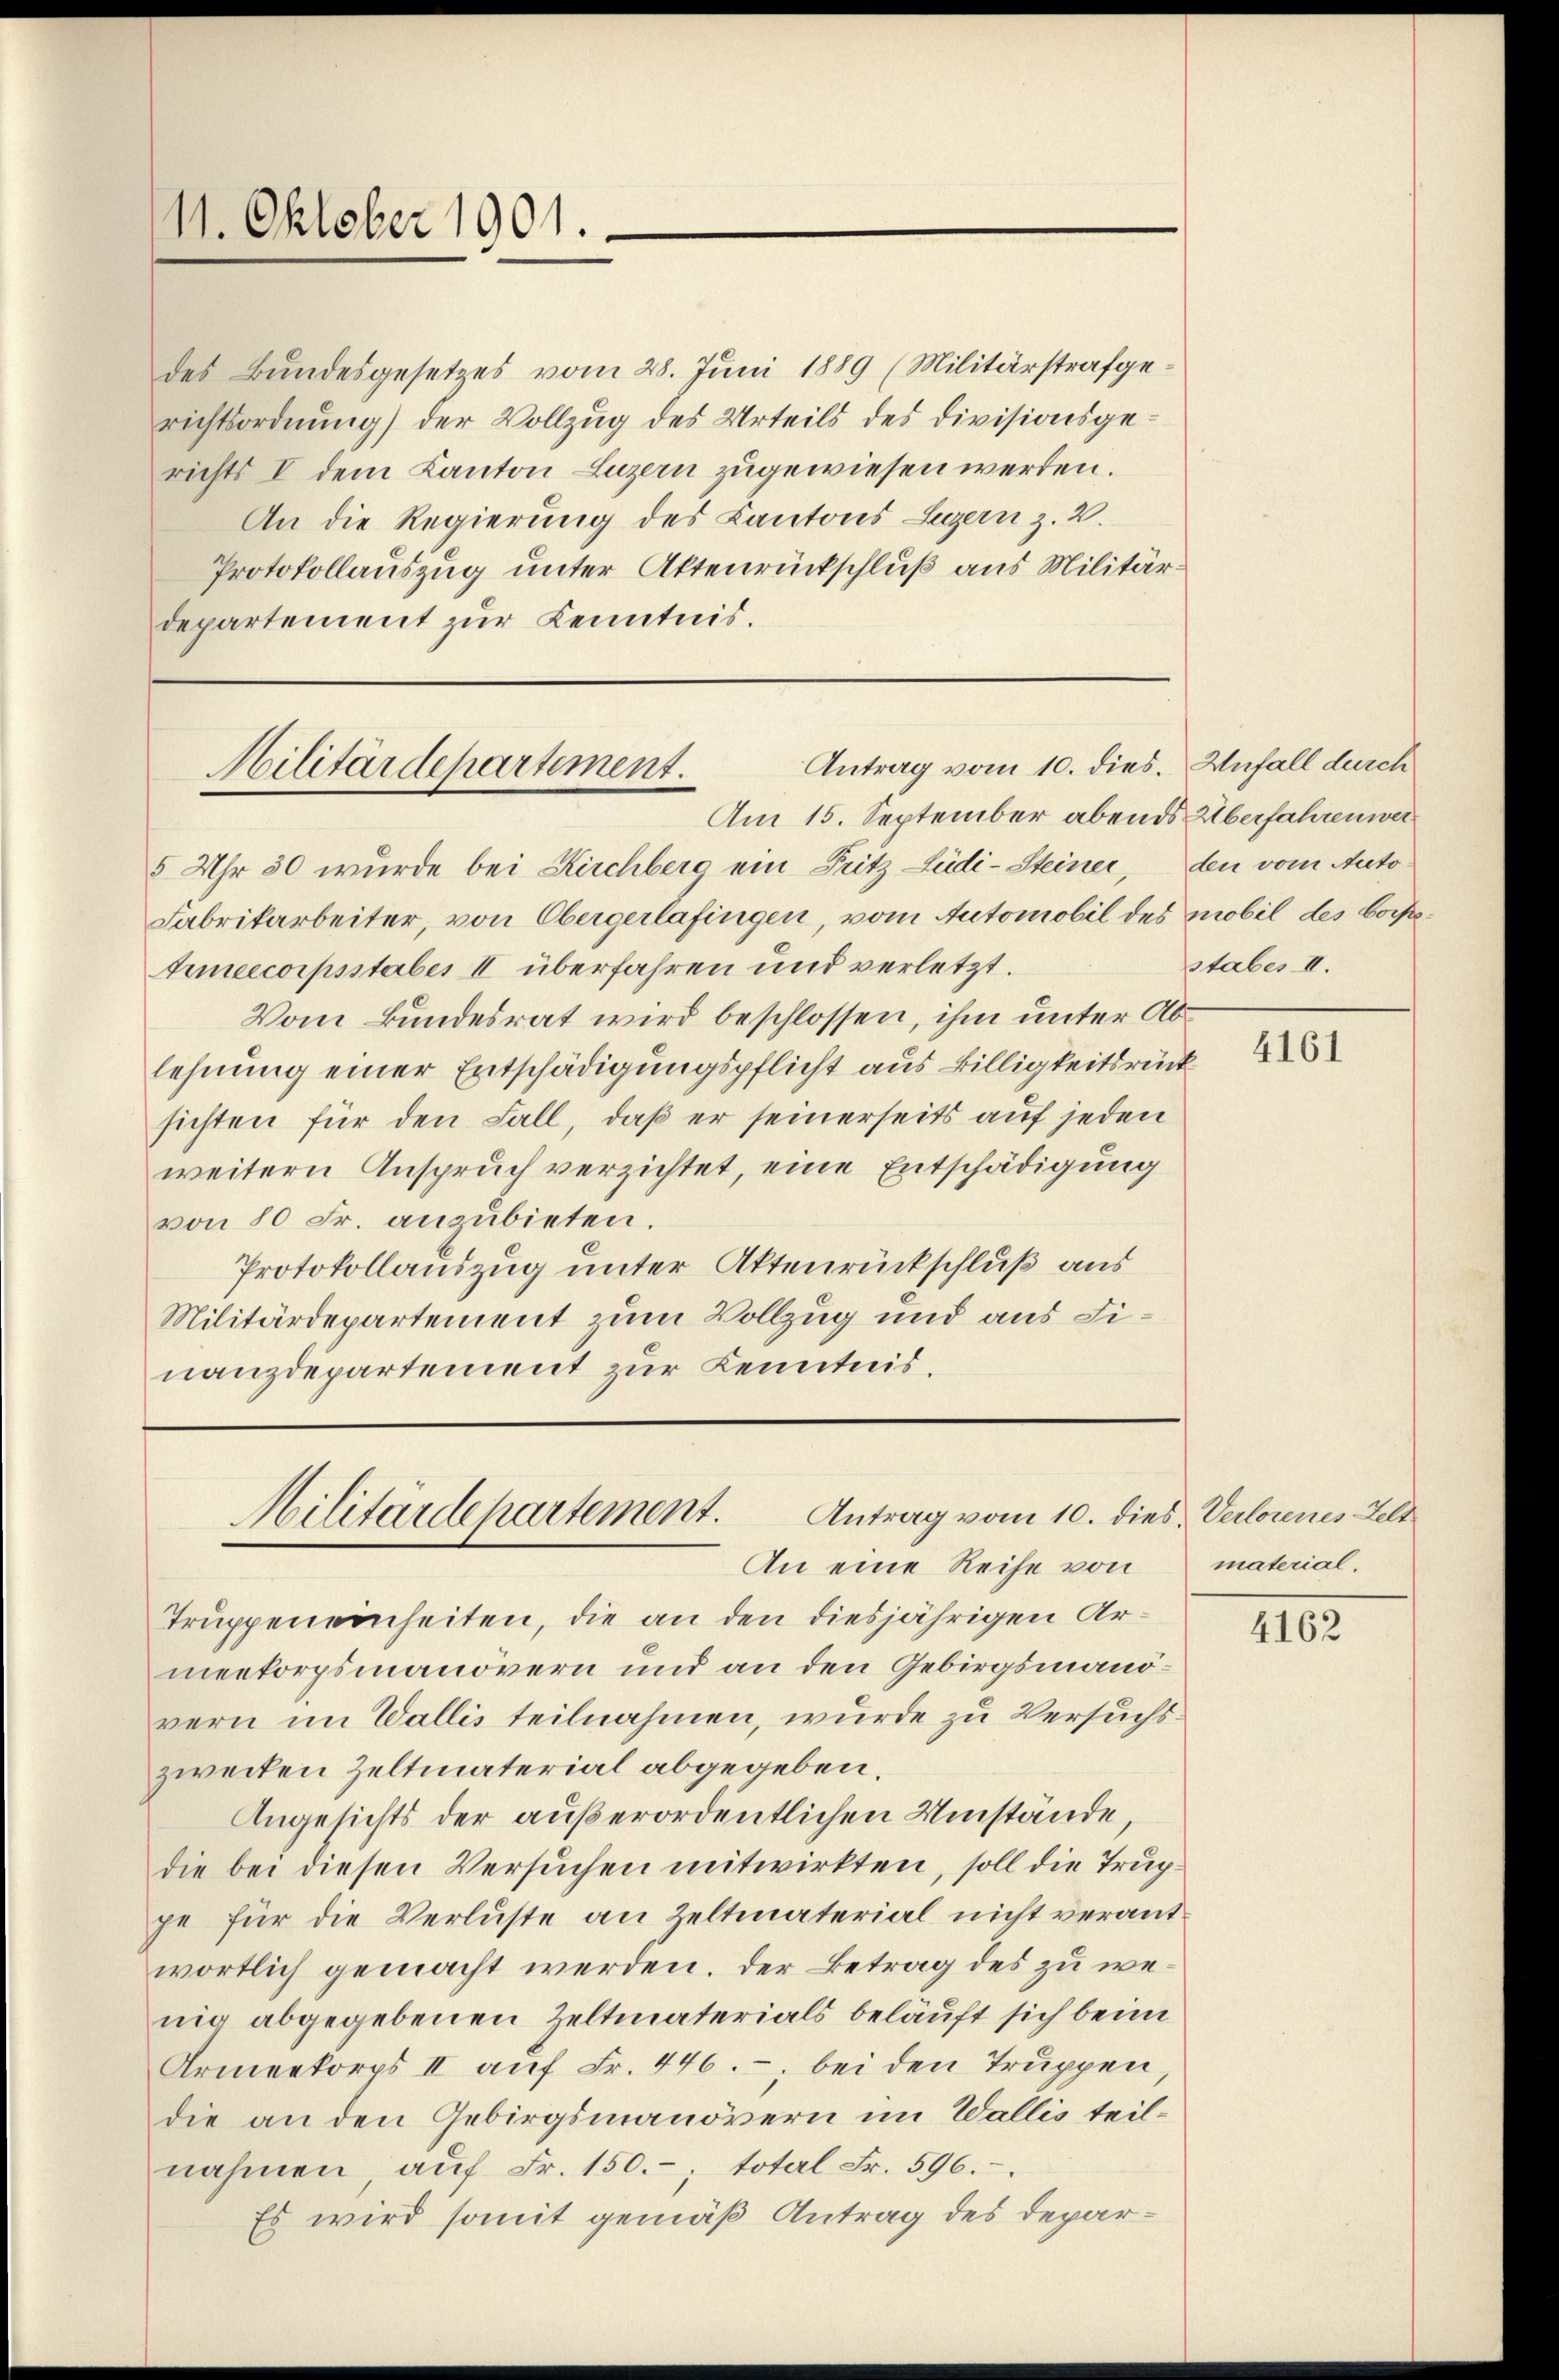
11. Oktober 1901.

des Bundesgesetzes vom 28. Juni 1889 (Militärstrafgerichtsordnung) der Vollzug des Urteils des Divisionsgerichts I dem Kanton Luzern zugewiesen werden.
An die Regierung des Kantons Luzern z. B.
Protokollauszug unter Aktenrückschluß aus Militärdepartement zur Kenntnis.

Antrag vom 10. dies. Unfall durch
Militärdepartement.

Antrag vom 10. dies, Verlorenes Zelt
Militärdepartement.
An eine Reihe von

Am 15. September abends Überfahrenwer
5 Uhr 30 wurde bei Kirchberg ein Fritz Lüdi-Steiner, den vom Auto¬
Fabrikarbeiter, von Obergerlafingen, vom Automobil des mobil des borgetrmeecorpsstabes II überfahren und verletzt.
Vom Bundesrat wird beschlossen, ihm unter Ablehnung einer Entschädigungspflicht aus Billigkeitsrück
sichten für den Fall, daß er seinerseits auf jeden
weitern Anspruch verzichtet, eine Entschädigung
von 80 Fr. anzubieten.
Protokollauszug unter Aktenrückschluß aus
Militärdepartement zum Vollzug und aus Finanzdepartement zur Kenntnis.

Truppeneinheiten, die an den diesjährigen Armeekorpsmanövern und an den Gebirgsmanovern im Wallis teilnahmen, wurde zu Versuchszweiten Zeltmaterial abgegeben.
Angesichts der außerordentlichen Umstände
die bei diesen Versuchen mitwirkten, soll die Truppe für die Verluste an Zeltmaterial nicht verantwortlich gemacht werden. Der Betrag des zu wenig abgegebenen Zeltmaterials beläuft sich beim
Armeekorps II auf Fr. 446. ; bei den Truppen,
die an den Gebirgsmanövern im Wallis teilnahmen, aŭf Fr. 150.-, total Fr. 596.
Es wird somit gemäß Antrag des Depar¬

stabes II.

4161

material.

4162